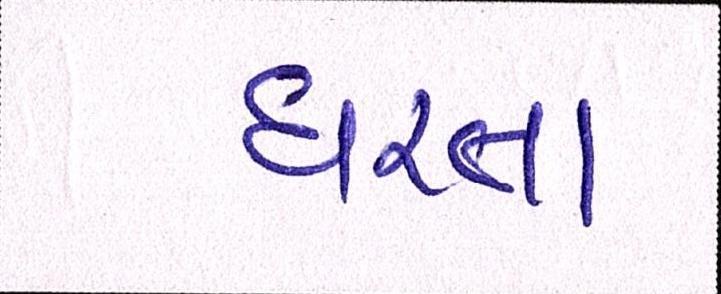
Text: ધરતા